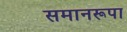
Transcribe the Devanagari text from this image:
समानरूपा